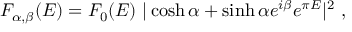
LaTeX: F _ { \alpha , \beta } ( E ) = F _ { 0 } ( E ) ~ | \cosh \alpha + \sinh \alpha e ^ { i \beta } e ^ { \pi E } | ^ { 2 } ~ ,